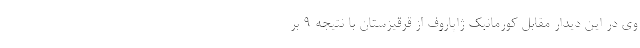
وی در این دیدار مقابل کورمانبک ژاپاروف از قرقیزستان با نتیجه ۹ بر